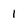
Character: 1